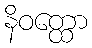
နိဝတ္ထော